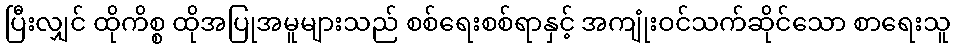
ပြီးလျှင် ထိုကိစ္စ ထိုအပြုအမူများသည် စစ်ရေးစစ်ရာနှင့် အကျုံးဝင်သက်ဆိုင်သော စာရေးသူ